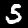
Label: 5